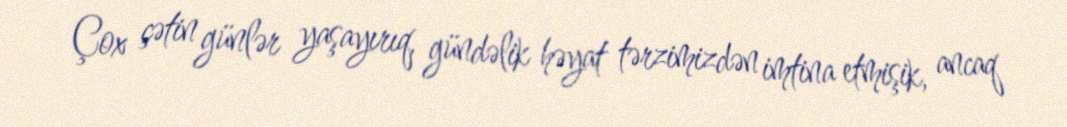
Çox çətin günlər yaşayırıq, gündəlik həyat tərzimizdən imtina etmişik, ancaq